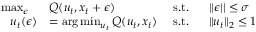
\begin{array} { r l r l } { \operatorname* { m a x } _ { \epsilon } ~ ~ } & { Q ( u _ { t } , x _ { t } + \epsilon ) ~ } & { \mathrm { s . t . } ~ ~ } & { | | \epsilon | | \le \sigma } \\ { u _ { t } ( \epsilon ) } & { = \arg \operatorname* { m i n } _ { u _ { t } } Q ( u _ { t } , x _ { t } ) ~ } & { \mathrm { s . t . } ~ ~ } & { \| u _ { t } \| _ { 2 } \le 1 } \end{array}